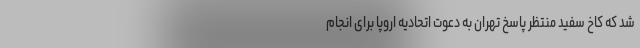
شد که کاخ سفید منتظر پاسخ تهران به دعوت اتحادیه اروپا برای انجام